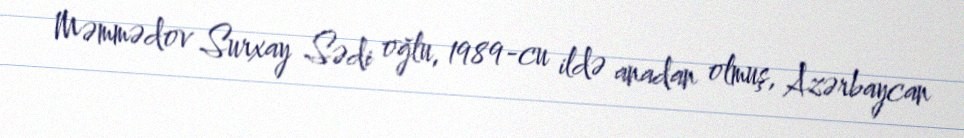
Məmmədov Surxay Sədi oğlu, 1989-cu ildə anadan olmuş, Azərbaycan